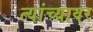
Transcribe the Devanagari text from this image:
त्यांच्यावर